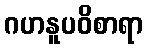
ဂဟနူပဝိစာရာ